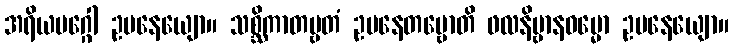
အရိယမဂ္ဂေါ ဥပနေယျော။ သစ္ဆိကာတဗ္ဗတံ ဥပနေတဗ္ဗောတိ ဖလနိဗ္ဗာနဓမ္မော ဥပနေယျော။